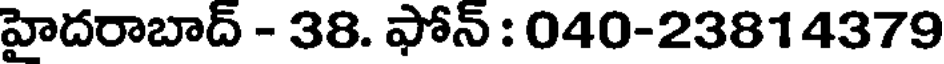
హైదరాబాద్ - 38. ఫోన్ : 040-23814379